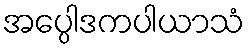
အပ္ပေါဒကပါယာသံ